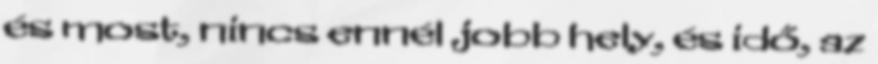
és most, nincs ennél jobb hely, és idő, az